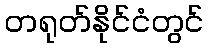
တရုတ်နိုင်ငံတွင်